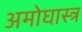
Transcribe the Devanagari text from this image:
अमोघास्त्र